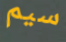
سيم